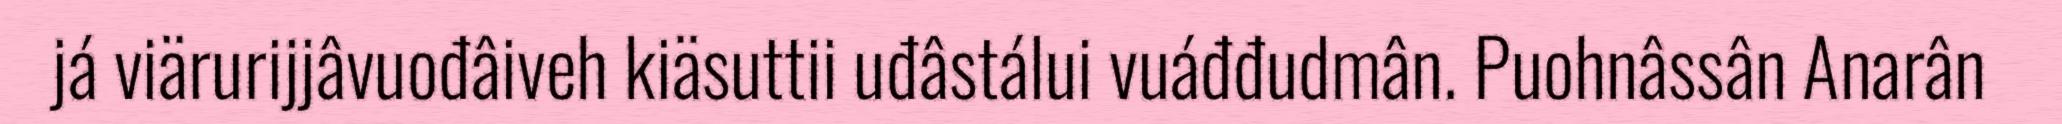
já viärurijjâvuođâiveh kiäsuttii uđâstálui vuáđđudmân. Puohnâssân Anarân